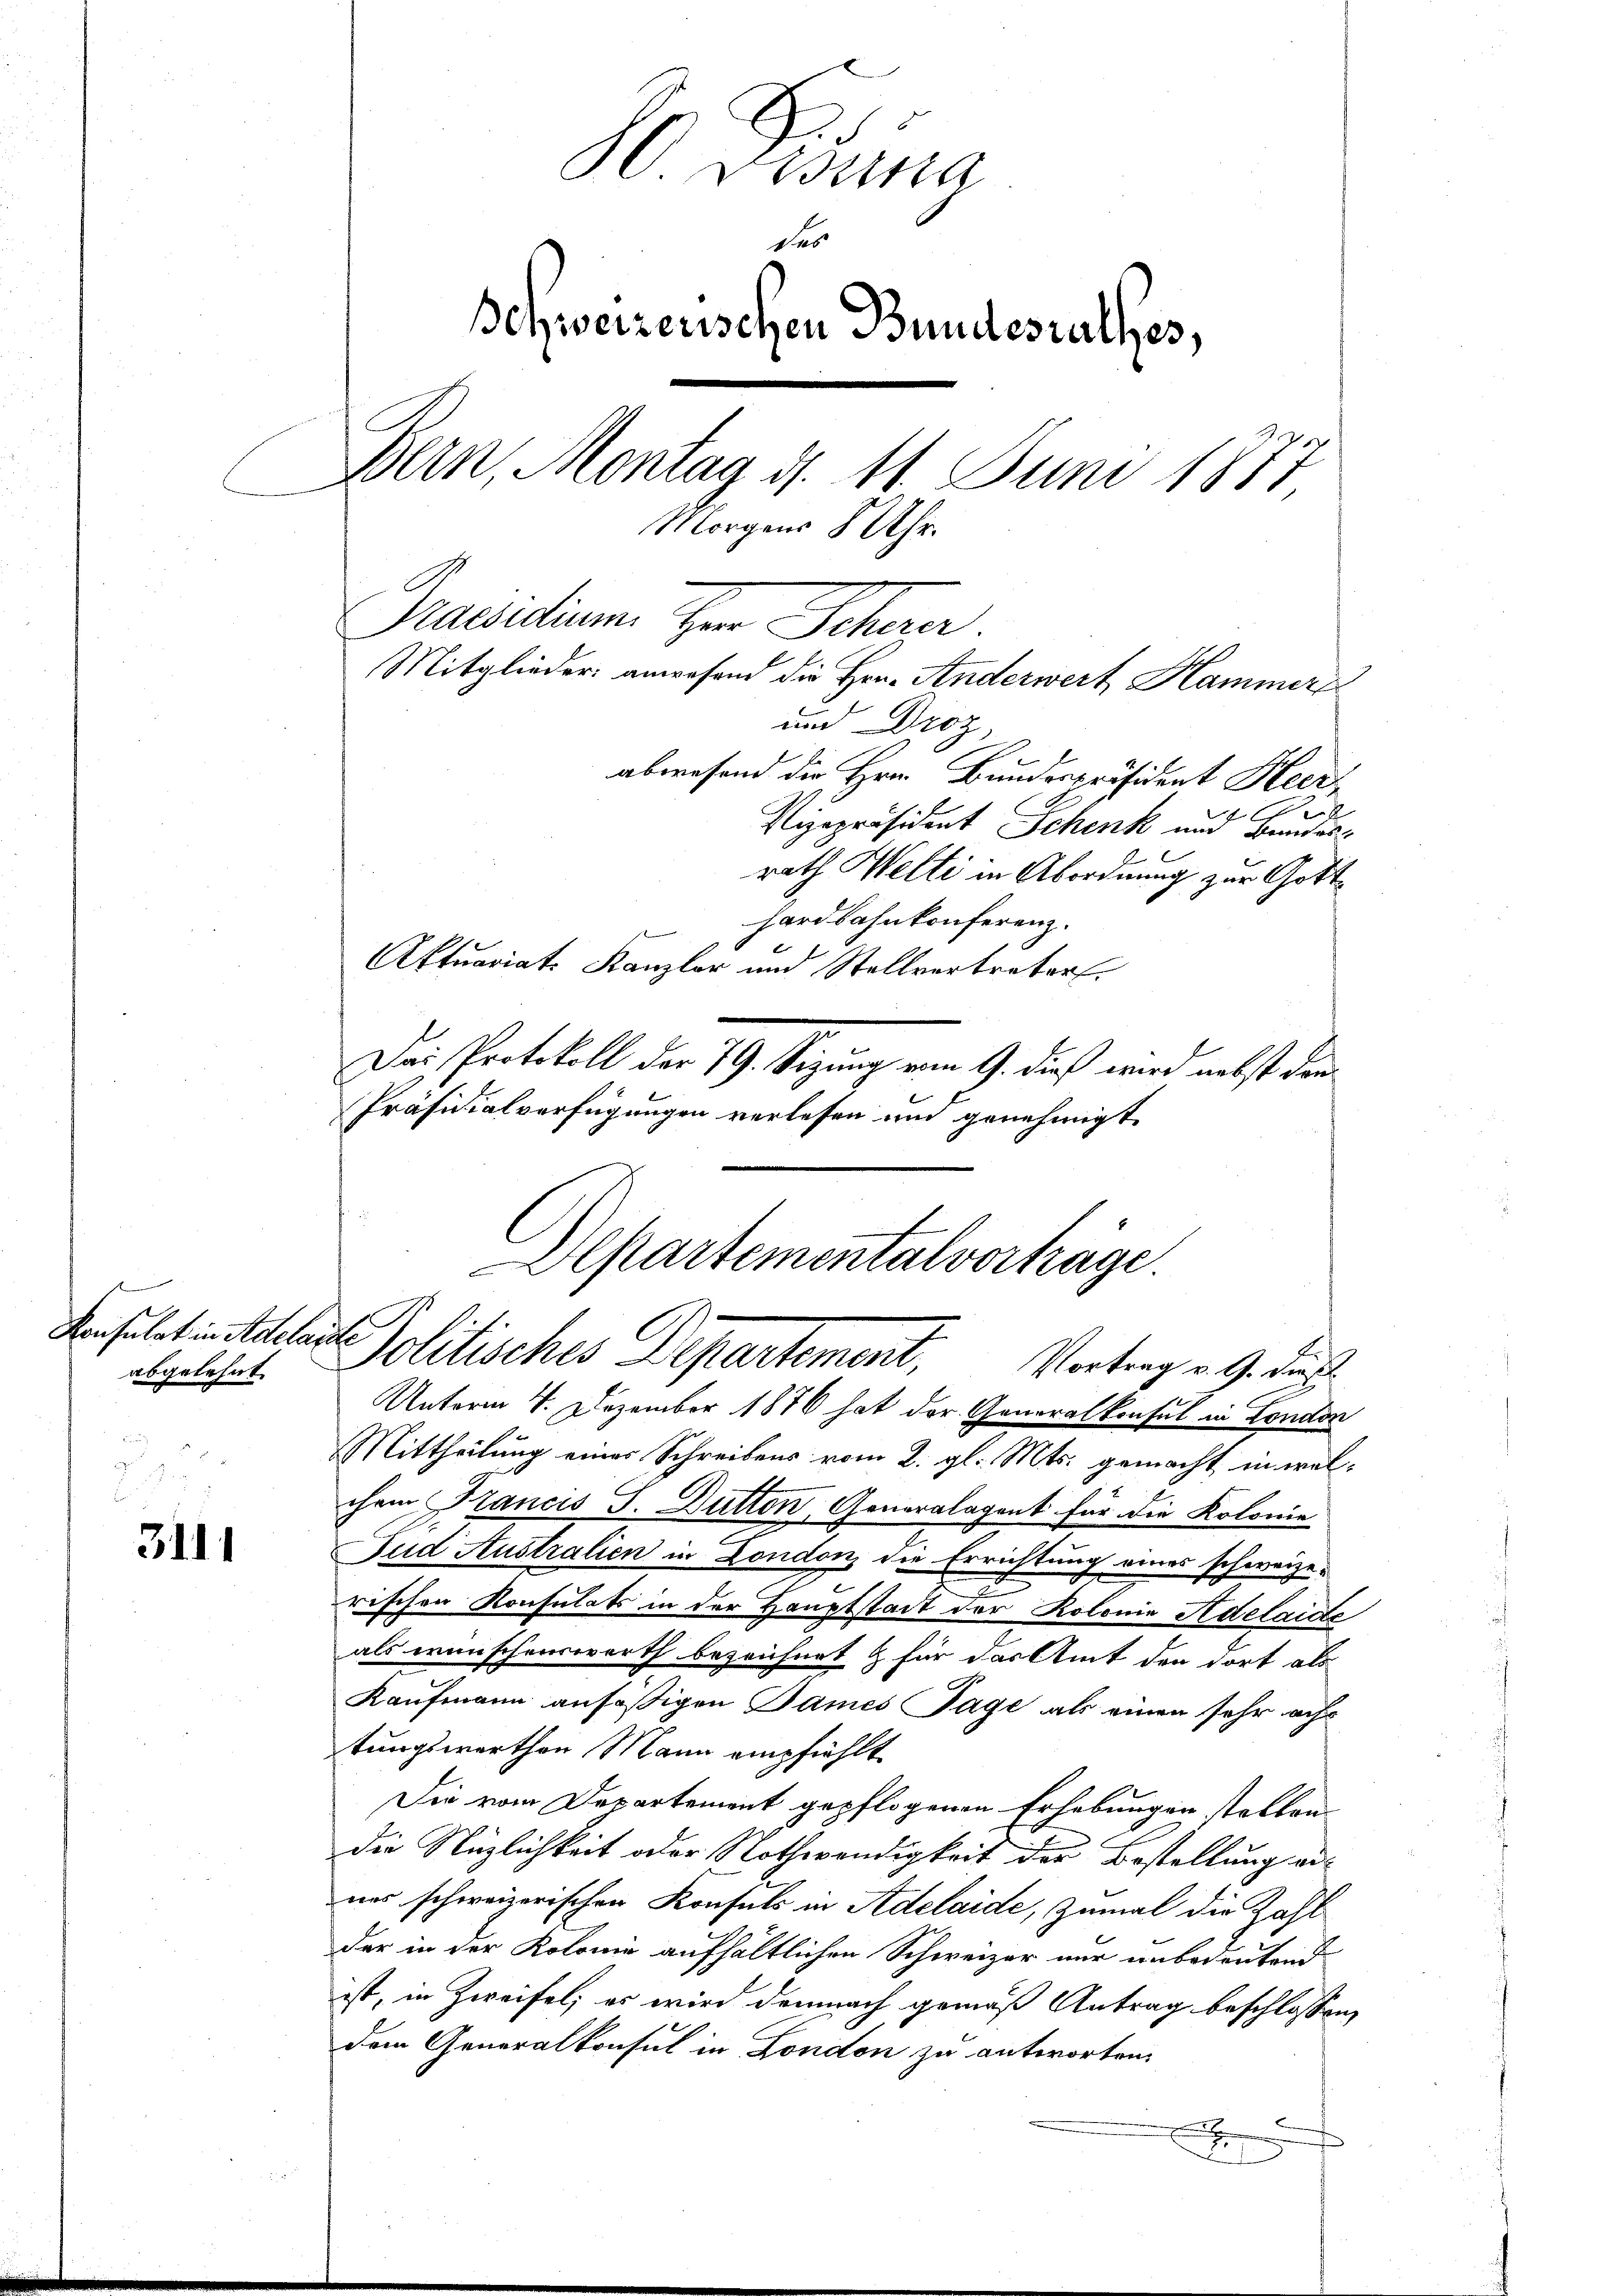
abgelehnt.

3111

0 Didina
des
Schweizerischen Bundesrathes,
Bern, Montag d. 11. Juni 1877
Morgens 8 Uhr.
Praesidium den Schre
Mitglieder anwesend die Hrn. Anderwert Hammers
und Droz
abwesend die Hrn. Bundespräsident Heere
Vizepräsident Schenk und Bundesrath Welti in Abordnung zur Gott¬

hardbahnkonferenz.
Aktuariat. Kanzler und Stellvertreter.
Dei Protokoll der 79. Sizung vom 9. dieß wird nebst den
Präsidialverfügungen verlesen und genehmigt
Unterm 4. Dezember 1876 hat der Generalkonsul in London
Mittheilung eines Schreibens vom 2. gl. Mts. gemacht in welchem Krancis J. Dütten, Generalagent für die Kolonie
Fud Australien in London die Errichtung eines schweizerischen Konsulats in der Hauptstadt der Kolonie Adelaide
als wünschenswerth bezeichnet & für das Amt den dort als
Kaufmann ansäßigen James Tage als einen sehr ach
tungswerthen Mann empfiehlt
Die vom Departement gepflogenen Erhebungen stellen
die Näzlichkeit oder Nothwendigkeit der Bestellung annes schweizerischen Konsuls in Adelaide, zumal die Zahl
der in der Kolonie aufhältlichen Schweizer nur unbedeutend
ist, in Zweifel; es wird demnach gemäß Antrag beschlossen,
dem Generalkonsul in London zu antworten.
x

Departementalverhäge
Konsulat in telen Politisches Departement,
Vortrag v. 9. dies